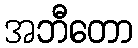
အဘီတော